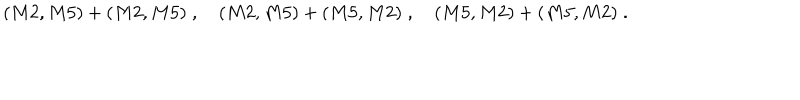
LaTeX: ( M 2 , M 5 ) + ( M 2 , M 5 ) \; , \quad ( M 2 , M 5 ) + ( M 5 , M 2 ) \; , \quad ( M 5 , M 2 ) + ( M 5 , M 2 ) \; .